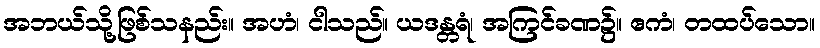
အဘယ်သို့ဖြစ်သနည်း။ အဟံ၊ ငါသည်။ ယဒန္တရံ၊ အကြင်ခဏ၌။ ဧကံ၊ တထပ်သော။